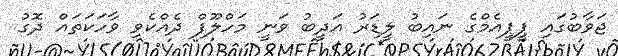
ޖަވާބުގައި ޕީޕީއެމްގެ ނައިބު ލީޑަރު އަދީބު ވަނީ މަހްލޫފް ދެއްކެވި ވާހަކަތައް ދޮގު